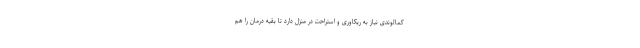
کمالوندی نیاز به ریکاوری و استراحت در منزل دارد تا بقیه درمان را هم